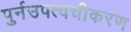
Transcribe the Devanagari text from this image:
पुर्नउपत्वचीकरण